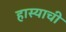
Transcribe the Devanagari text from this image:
हास्याची